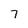
Character: 7